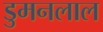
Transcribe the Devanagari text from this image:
डुमनलाल